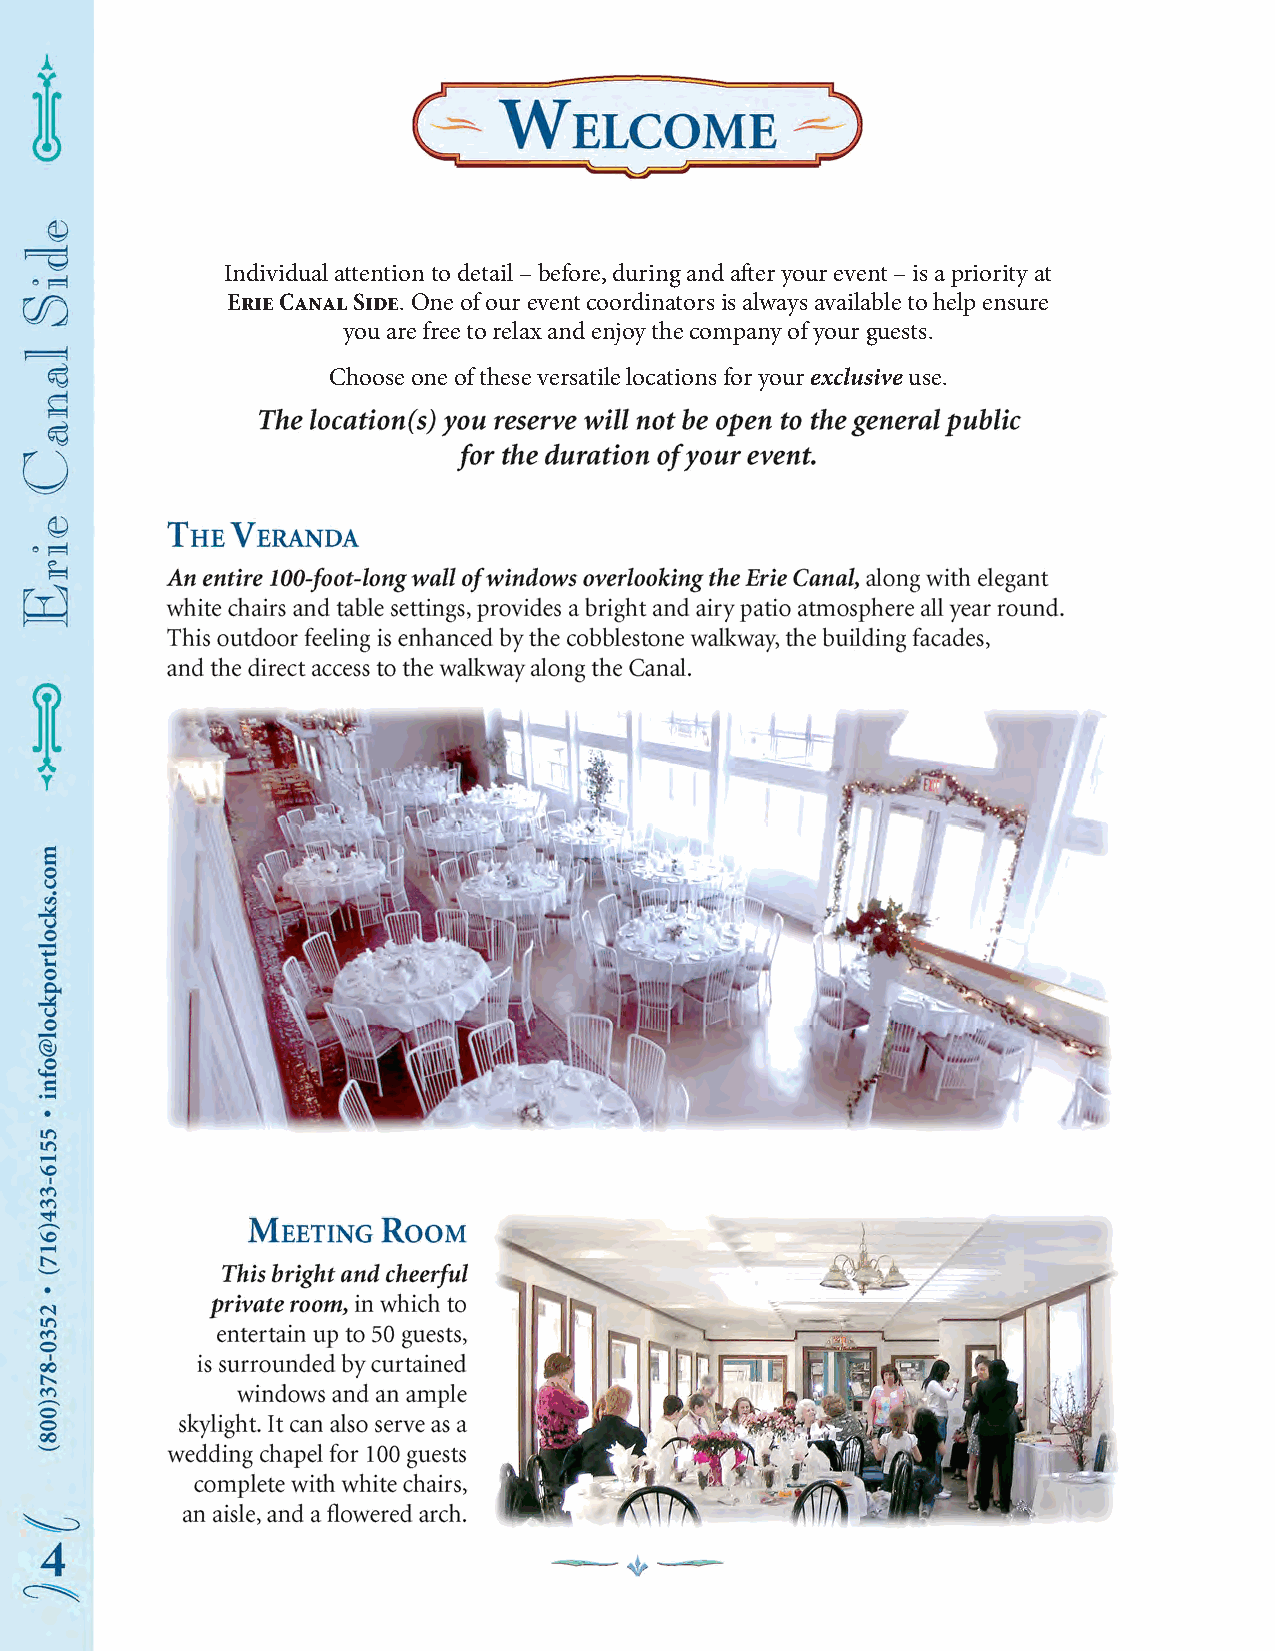
Individual attention to detail – before, during and after your event – is a priority at
 Erie Canal Side. One of our event coordinators is always available to help ensure
 you are free to relax and enjoy the company of your guests.
 Choose one of these versatile locations for your exclusive use.